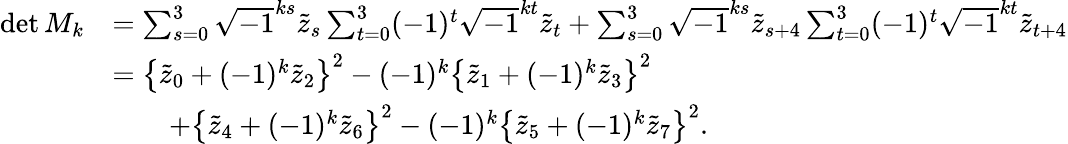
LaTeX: \begin{array}{rl}{\operatorname*{det}{M_{k}}}&{=\sum_{s=0}^{3}\sqrt{-1}^{ks}\tilde{z}_{s}\sum_{t=0}^{3}(-1)^{t}\sqrt{-1}^{kt}\tilde{z}_{t}+\sum_{s=0}^{3}\sqrt{-1}^{ks}\tilde{z}_{s+4}\sum_{t=0}^{3}(-1)^{t}\sqrt{-1}^{kt}\tilde{z}_{t+4}}\\ &{=\left\{ \tilde{z}_{0}+(-1)^{k}\tilde{z}_{2}\right\} ^{2}-(-1)^{k}\left\{ \tilde{z}_{1}+(-1)^{k}\tilde{z}_{3}\right\} ^{2}}\\ &{\qquad+\left\{ \tilde{z}_{4}+(-1)^{k}\tilde{z}_{6}\right\} ^{2}-(-1)^{k}\left\{ \tilde{z}_{5}+(-1)^{k}\tilde{z}_{7}\right\} ^{2}.}\end{array}